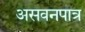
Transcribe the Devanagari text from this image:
असवनपात्र